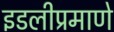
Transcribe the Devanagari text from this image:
इडलीप्रमाणे